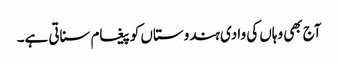
آج بھی وہاں کی وادی ہندوستاں کو پیغام سناتی ہے۔